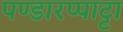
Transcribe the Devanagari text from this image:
पण्डारप्पाट्टा